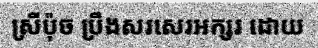
ស្រីប៉ុច ប្រឹងសរសេរអក្សរ ដោយ